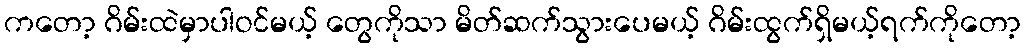
ကတော့ ဂိမ်းထဲမှာပါဝင်မယ့် တွေကိုသာ မိတ်ဆက်သွားပေမယ့် ဂိမ်းထွက်ရှိမယ့်ရက်ကိုတော့